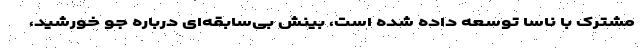
مشترک با ناسا توسعه داده شده است، بینش بی‌سابقه‌ای درباره جو خورشید،